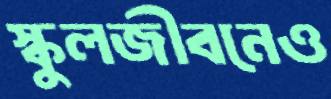
স্কুলজীবনেও